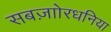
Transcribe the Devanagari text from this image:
सबज़ाोरधनिया